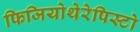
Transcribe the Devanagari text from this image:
फिजियोथेरेपिस्टो